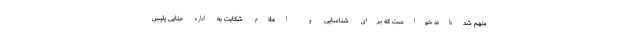
متهم شده‌اند خواست که برای شناسایی و اعلام شکایت به اداره جنایی پلیس